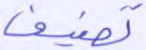
تصنيف